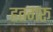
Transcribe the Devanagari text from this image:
हतगरू